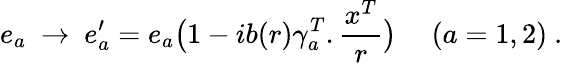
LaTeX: e_{a}\ \rightarrow\ e_{a}^{\prime}=e_{a}\big(1-ib(r)\gamma_{a}^{T}.\frac{x^{T}}{r}\big)\ \ \ \ \ (a=1,2)\ .